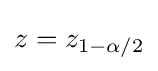
z=z_{1-\alpha /2}